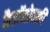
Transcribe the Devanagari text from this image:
कैडाॅनोव्स्की